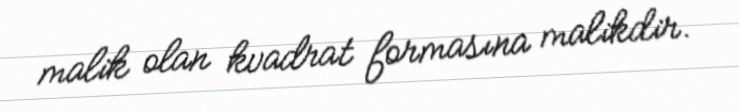
malik olan kvadrat formasına malikdir.